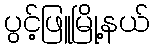
ပွင့်ဖြူမြို့နယ်